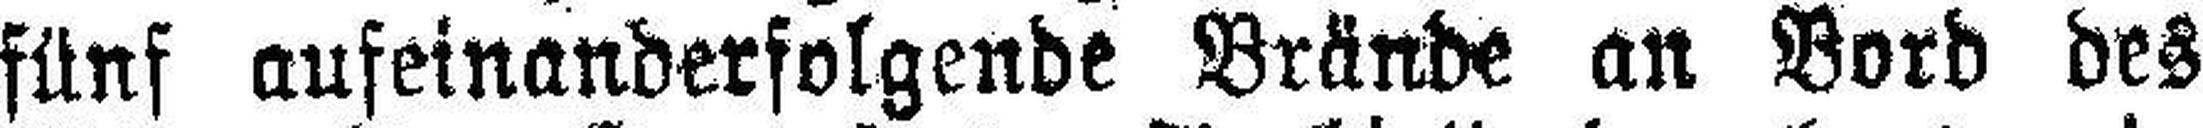
fünf aufeinanderfolgende Brände an Bord des